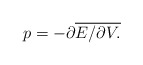
\begin{align*}p=-\partial \overline{E/\partial V.} \end{align*}